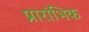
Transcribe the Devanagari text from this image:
प्रारांभिक